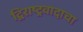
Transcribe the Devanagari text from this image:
द्विराष्ट्रवादाचा